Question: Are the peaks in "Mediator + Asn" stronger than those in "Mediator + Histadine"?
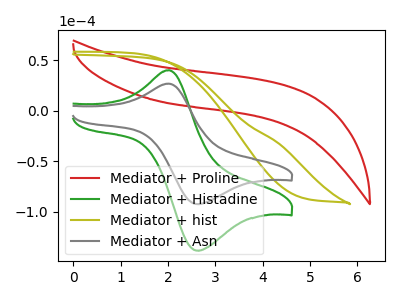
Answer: <think>The red curve "Mediator + Proline" has no peaks. The green curve "Mediator + Histadine" has an anodic peak at (2.00V, 40.05uA) and a cathodic peak at (2.60V, -138.75uA). The olive curve "Mediator + hist" has no peaks. The gray curve "Mediator + Asn" has an anodic peak at (2.00V, 26.75uA) and a cathodic peak at (2.60V, -92.60uA).</think>
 <answer>Every peak in "Mediator + Asn" is lower than every peak in "Mediator + Histadine".</answer>
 <eval>lower</eval>